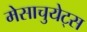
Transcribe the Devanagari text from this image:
मेसाचुयेट्स